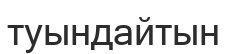
туындайтын